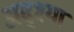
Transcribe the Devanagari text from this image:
अदृश्या